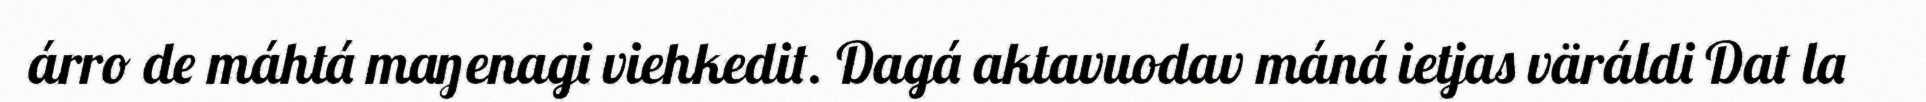
árro de máhtá maŋenagi viehkedit. Dagá aktavuodav máná ietjas väráldi Dat la